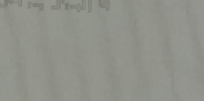
مكتب تصوير احترافي   صورك